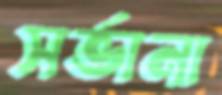
সর্ভানা